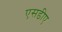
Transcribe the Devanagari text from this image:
एसडीए